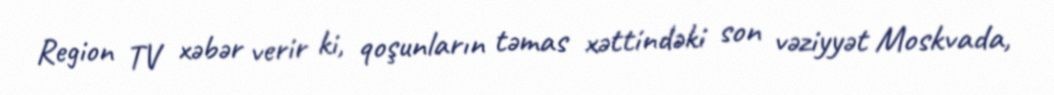
Region TV xəbər verir ki, qoşunların təmas xəttindəki son vəziyyət Moskvada,